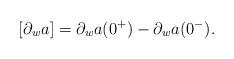
LaTeX: \begin{align*}[\partial_wa]=\partial_wa(0^+)-\partial_wa(0^-) .\end{align*}